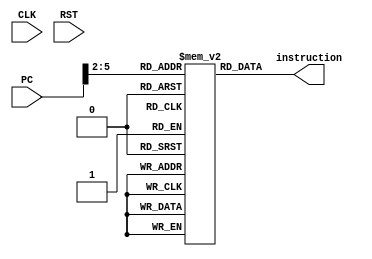
module icache_assembly(PC, instruction, CLK, RST);
    parameter WIDTH = 32;
    reg [WIDTH-1:0] icache [15:0];
    
    input wire [WIDTH-1:0] PC;
    output wire [WIDTH-1:0] instruction;
    input wire CLK, RST;
    
    wire [3:0] index = PC[5:2];
    
    assign instruction = icache[index];
    always @ (posedge CLK or posedge RST) begin
    	if (RST == 1) begin
    	`ifdef TEST_ISSUE
    	    /*
        	    r0 contains pointer to weights1
        	    r1 contains pointer to weights2
        	    r2 contains pointer to bias1
        	    r3 contains pointer to bias2
        	    r4 contains pointer to imagearray
        	    r5 contains pointer to general memory
    	    */
    	    icache[0] <= 32'b00000000000000000110_00001_0110111; // lui r1, 0x00006 #r1 = 32'h00006000
    	    icache[1] <= 32'b001000000000_00001_000_00001_0010011; // addi r1, r1, 0x200 #r1 = 32'h00006200
    	    icache[2] <= 32'b00000000000000000110_00010_0110111; // lui r2, 0x00006 #r2 = 32'h00006000
    	    icache[3] <= 32'b001110000000_00010_000_00010_0010011; // addi r2, r2, 0x380 #r2 = 32'h00006380
    	    icache[4] <= 32'b00000000000000000110_00011_0110111; // lui r3, 0x00006 #r3 = 32'h00006000
    	    icache[5] <= 32'b001110100000_00011_000_00011_0010011; // addi r3, r3, 0x3a0 #r3 = 32'h000063a0
    	    icache[6] <= 32'b00000000000000001000_00100_0110111; // lui r4, 0x00008 #r4 = 32'h00008000
    	    icache[7] <= 32'b00000000000000001010_00101_0110111; // lui r5, 0x0000a #r5 = 32'h0000a000
    	    
    	    icache[8] <= 32'b000000000001_00001_000_00001_0010011; // addi r1, r1, 1 #r1 = 4
    	    icache[9] <= 32'b000000000001_00000_000_00011_0010011; // addi r3, r0, 1 #r3 = 1 (quadword aligned stride)
    	    icache[10] <= 32'b000000000001_00010_000_00101_1111010; // load4 v5, r2(1) # v20-23 = mem[32-56]
    	    icache[11] <= 32'b000000000001_00000_000_00011_1111011; // store4 v3, r0(1) # mem[0-24] = v12-v15
    	    icache[12] <= 32'b000000000001_00010_000_00101_1111010; // load4 v5, r2(1) # v20-23 = mem[32-56]
    	    icache[13] <= 32'b000000000000_00110_000_01000_1111100; // relu4 v8, v6 # v32-35 = relu(v24-27)
    	    icache[14] <= 32'b000000000000_00000_000_00000_0010011; // addi r0, r0, 0 #nop
    	    icache[15] <= 32'b1_111111_00000_00000_000_1110_1_1100011; // beq r0, r0, -4 # branch to 14
	    `endif
    	end else begin
    	// do nothing
    	end
    end

endmodule